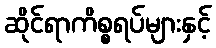
ဆိုင်ရာကိစ္စရပ်များနှင့်